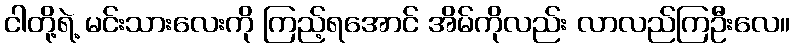
ငါတို့ရဲ့ မင်းသားလေးကို ကြည့်ရအောင် အိမ်ကိုလည်း လာလည်ကြဦးလေ။